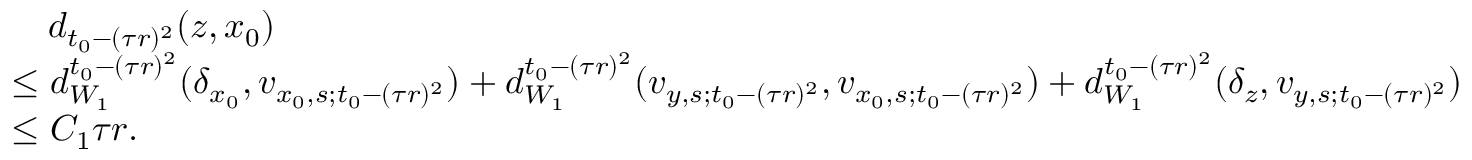
\begin{array} { r l } & { \quad d _ { t _ { 0 } - ( \tau r ) ^ { 2 } } ( z , x _ { 0 } ) } \\ & { \le d _ { W _ { 1 } } ^ { t _ { 0 } - ( \tau r ) ^ { 2 } } ( \delta _ { x _ { 0 } } , v _ { x _ { 0 } , s ; t _ { 0 } - ( \tau r ) ^ { 2 } } ) + d _ { W _ { 1 } } ^ { t _ { 0 } - ( \tau r ) ^ { 2 } } ( v _ { y , s ; t _ { 0 } - ( \tau r ) ^ { 2 } } , v _ { x _ { 0 } , s ; t _ { 0 } - ( \tau r ) ^ { 2 } } ) + d _ { W _ { 1 } } ^ { t _ { 0 } - ( \tau r ) ^ { 2 } } ( \delta _ { z } , v _ { y , s ; t _ { 0 } - ( \tau r ) ^ { 2 } } ) } \\ & { \le C _ { 1 } \tau r . } \end{array}